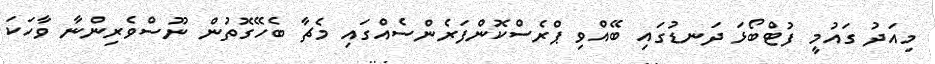
މިއަދު ގައުމީ ފުޓްބޯޅަ ދަނޑުގައި ބޭއްވި ޕްރެސްކޮންފަރެންސެއްގައި މެޗާ ބެހޭގޮތުން ނޫސްވެރިންނާ ވާހަކަ